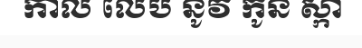
កាល លេប នូវ កូន ស្កា